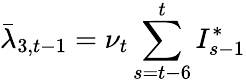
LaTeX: \bar{\lambda}_{3,t-1}=\nu_{t}\sum_{s=t-6}^{t}I_{s-1}^{*}